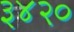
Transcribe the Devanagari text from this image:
३४२०